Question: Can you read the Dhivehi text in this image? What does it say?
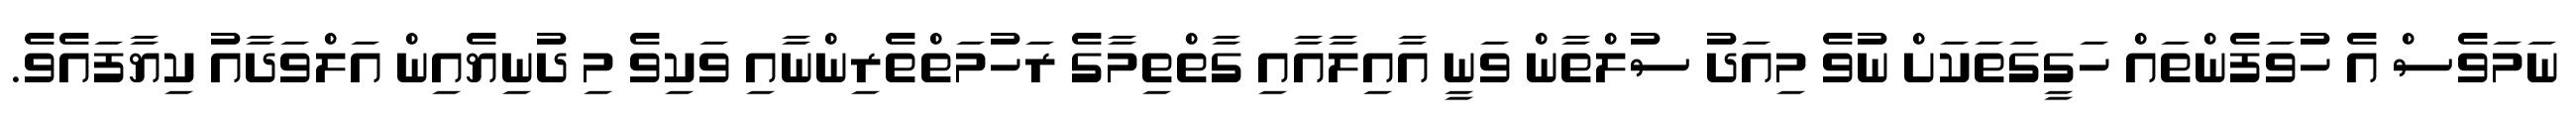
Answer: ނަމަވެސް އެ ހުވަފެންތައް ހަގީގަތަކަށް ނުވެ މިއަދު ސުލްތާން ވަނީ އާއިލާއާއި ގާތްތިމާގެ ރަހުމަތްތެރިންނާއި ވަކިވެ މި ދުނިޔެއިން އަލްވަދާއު ކިޔާފައެވެ.